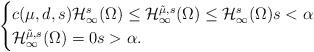
LaTeX: \begin{align*}\begin{cases} c(\mu,d,s)\mathcal{H}^s _{\infty}(\Omega)\leq \mathcal{H}^{\tilde{\mu},s}_{\infty}(\Omega)\leq \mathcal{H}^{s}_{\infty}(\Omega) s<\alpha\\\mathcal{H}^{\tilde{\mu},s}_{\infty}(\Omega)=0 s>\alpha.\end{cases}\end{align*}